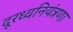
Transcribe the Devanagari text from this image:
दूरध्वनियंत्रणा